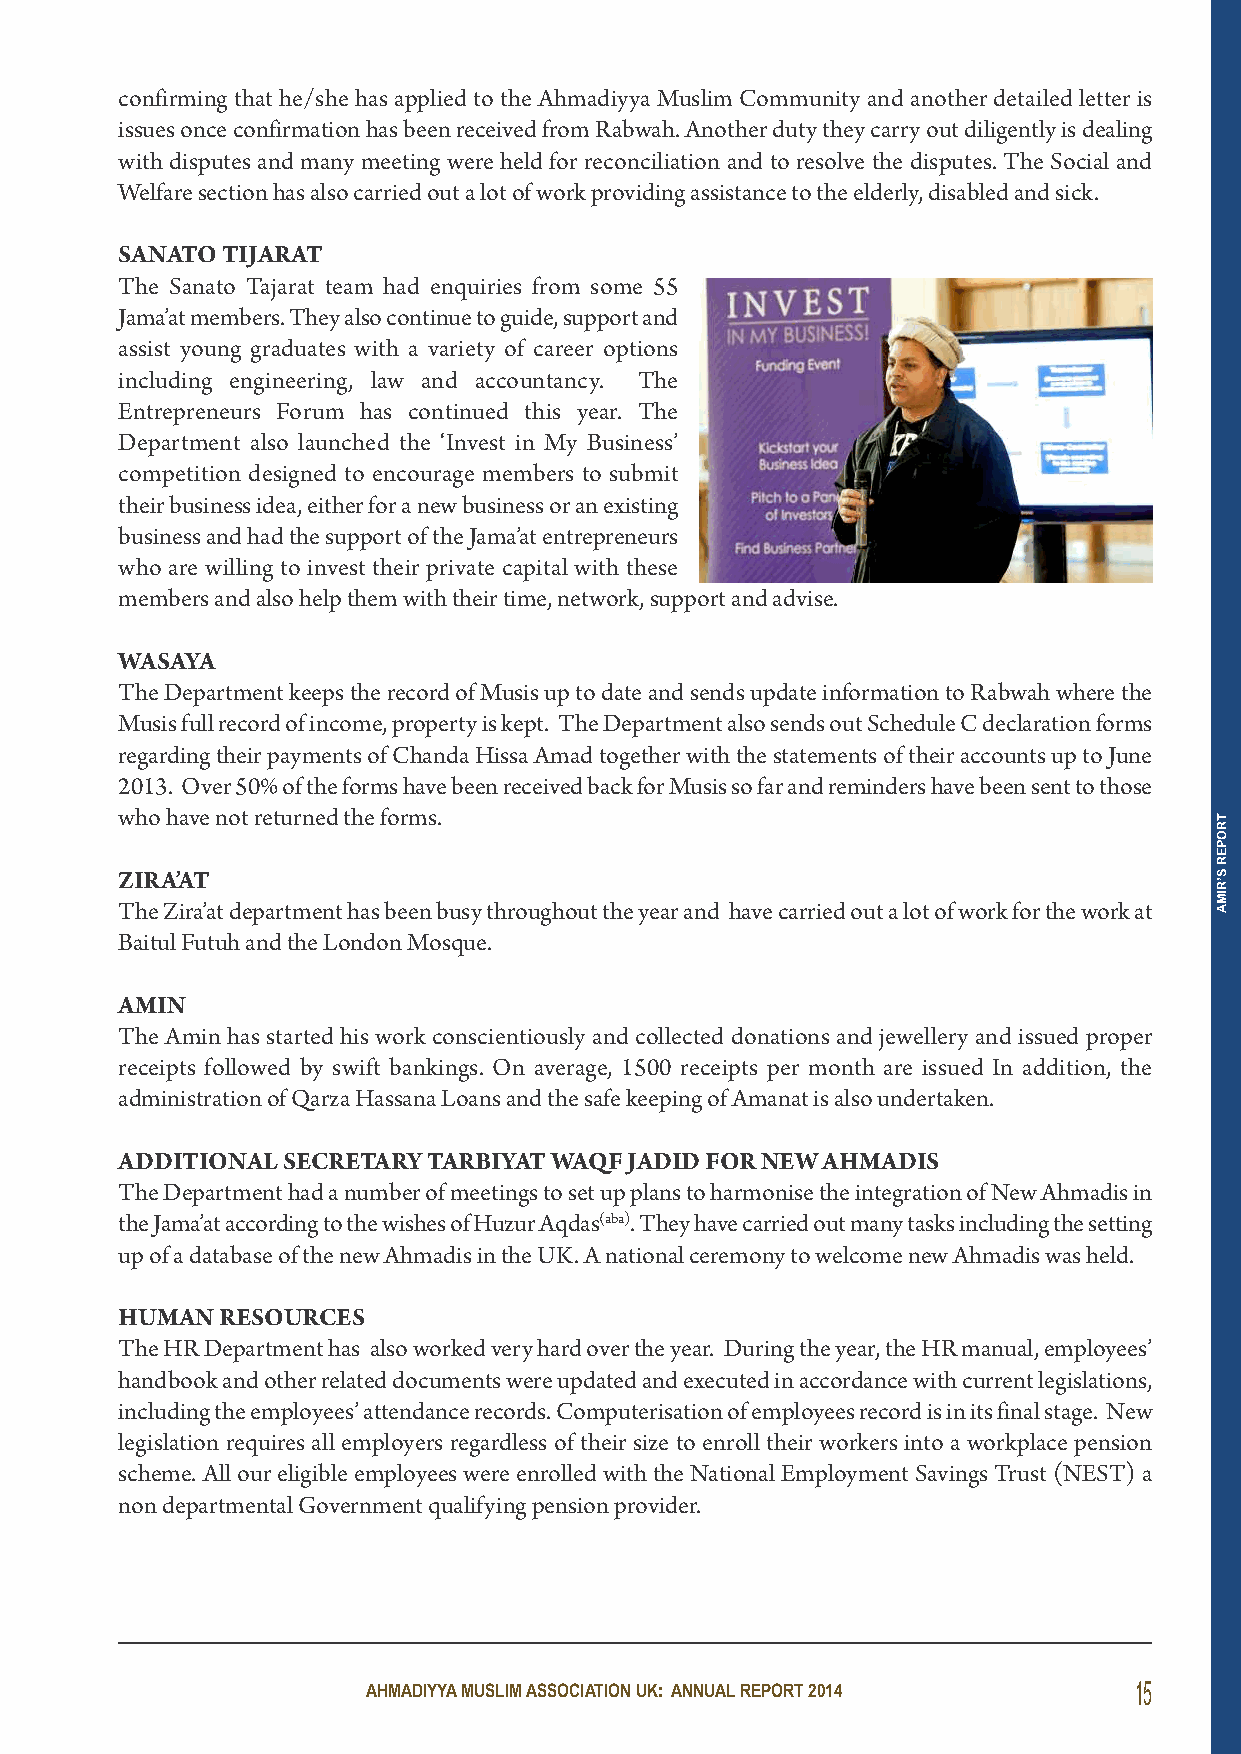
confirming that he/she has applied to the Ahmadiyya Muslim Community and another detailed letter is
 issues once confirmation has been received from Rabwah. Another duty they carry out diligently is dealing
 with disputes and many meeting were held for reconciliation and to resolve the disputes. The Social and
 Welfare section has also carried out a lot of work providing assistance to the elderly, disabled and sick.
 sAnAto tiJARAt
 The Sanato Tajarat team had enquiries from some 55
 Jama’at members. They also continue to guide, support and
 assist young graduates with a variety of career options
 including engineering, law and accountancy. The
 Entrepreneurs Forum has continued this year. The
 Department also launched the ‘Invest in My Business’
 competition designed to encourage members to submit
 their business idea, either for a new business or an existing
 business and had the support of the Jama’at entrepreneurs
 who are willing to invest their private capital with these
 members and also help them with their time, network, support and advise.
 WAsAYA
 The Department keeps the record of Musis up to date and sends update information to Rabwah where the
 Musis full record of income, property is kept. The Department also sends out Schedule C declaration forms
 regarding their payments of Chanda Hissa Amad together with the statements of their accounts up to June
 2013. Over 50% of the forms have been received back for Musis so far and reminders have been sent to those
 who have not returned the forms.
 ZiRA’At
 The Zira’at department has been busy throughout the year and have carried out a lot of work for the work at
 Baitul Futuh and the London Mosque.
 AMin
 The Amin has started his work conscientiously and collected donations and jewellery and issued proper
 receipts followed by swift bankings. On average, 1500 receipts per month are issued In addition, the
 administration of Qarza Hassana Loans and the safe keeping of Amanat is also undertaken.
 AdditionAl seCRetARY tARBiYAt WAQf JAdid foR neW AHMAdis
 The Department had a number of meetings to set up plans to harmonise the integration of New Ahmadis in
 the Jama’at according to the wishes of Huzur Aqdas(aba). They have carried out many tasks including the setting
 up of a database of the new Ahmadis in the UK. A national ceremony to welcome new Ahmadis was held.
 HUMAn ResoURCes
 The HR Department has also worked very hard over the year. During the year, the HR manual, employees’
 handbook and other related documents were updated and executed in accordance with current legislations,
 including the employees’ attendance records. Computerisation of employees record is in its final stage. New
 legislation requires all employers regardless of their size to enroll their workers into a workplace pension
 scheme. All our eligible employees were enrolled with the National Employment Savings Trust (NEST) a
 non departmental Government qualifying pension provider.
 AHMADIYYA MUSLIM ASSOCIATION UK: ANNUAL REPORT 2014 15
 TROPER
 S’RIMA